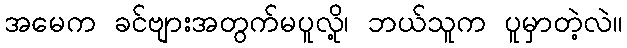
အမေက ခင်ဗျားအတွက်မပူလို့၊ ဘယ်သူက ပူမှာတဲ့လဲ။